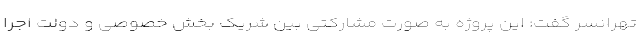
تهرانسر گفت: این پروژه به صورت مشارکتی بین شریک بخش خصوصی و دولت اجرا